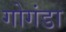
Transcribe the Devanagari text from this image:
गोगंडा